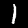
Digit: 1